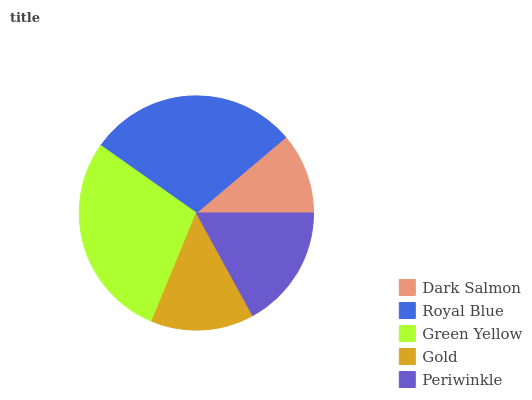
| Dark Salmon | Royal Blue | Green Yellow | Gold | Periwinkle |
 | --- | --- | --- | --- | --- |
 | 11.2% | 29% | 28.5% | 14.2% | 17% |